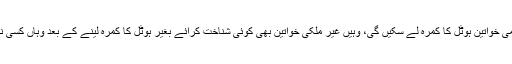
نئے قانون کے تحت جہاں مقامی خواتین ہوٹل کا کمرہ لے سکیں گی، وہیں غیر ملکی خواتین بھی کوئی شناخت کرائے بغیر ہوٹل کا کمرہ لینے کے بعد وہاں کسی نامحرم کو ساتھ رکھ سکیں گی۔